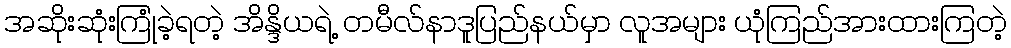
အဆိုးဆုံးကြုံခဲ့ရတဲ့ အိန္ဒိယရဲ့ တမီလ်နာဒူပြည်နယ်မှာ လူအများ ယုံကြည်အားထားကြတဲ့